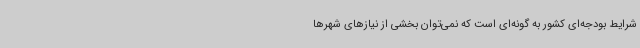
شرایط بودجه‌ای کشور به گونه‌ای است که نمی‌توان بخشی از نیازهای شهرها